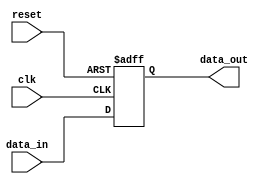
module high_speed_buffer(
    input wire clk,
    input wire reset,
    input wire data_in,
    output wire data_out
);

reg buffer_data;

always @(posedge clk or posedge reset)
begin
    if (reset)
        buffer_data <= 1'b0;
    else
        buffer_data <= data_in;
end

assign data_out = buffer_data;

endmodule